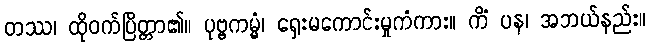
တဿ၊ ထိုဝက်ပြိတ္တာ၏။ ပုဗ္ဗကမ္မံ၊ ရှေးမကောင်းမှုကံကား။ ကိံ ပန၊ အဘယ်နည်း။